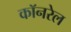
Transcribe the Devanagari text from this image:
कॉनरेल